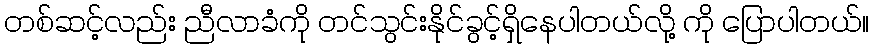
တစ်ဆင့်လည်း ညီလာခံကို တင်သွင်းနိုင်ခွင့်ရှိနေပါတယ်လို့ ကို ပြောပါတယ်။